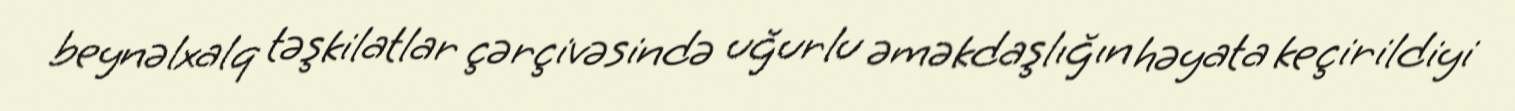
beynəlxalq təşkilatlar çərçivəsində uğurlu əməkdaşlığın həyata keçirildiyi